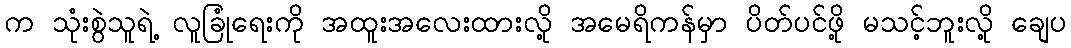
က သုံးစွဲသူရဲ့ လူခြုံရေးကို အထူးအလေးထားလို့ အမေရိကန်မှာ ပိတ်ပင်ဖို့ မသင့်ဘူးလို့ ချေပ